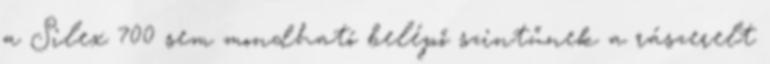
a Silex 700 sem mondható belépő szintűnek a rászerelt